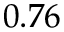
0 . 7 6